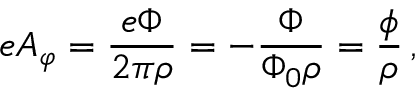
e A _ { \varphi } = { \frac { e \Phi } { 2 \pi \rho } } = - { \frac { \Phi } { \Phi _ { 0 } \rho } } = { \frac { \phi } { \rho } } \, ,